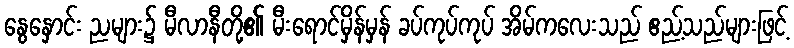
နွေနှောင်း ညများ၌ မီလာနီတို့၏ မီးရောင်မှိန်မှန် ခပ်ကုပ်ကုပ် အိမ်ကလေးသည် ဧည့်သည်များဖြင့်